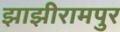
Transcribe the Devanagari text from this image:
झाझीरामपुर